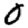
Digit: 0